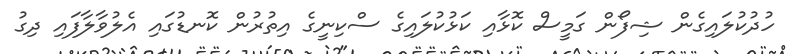
ހުދުކުލައިގެން ޝިފޯން ގަމީސް ކޮޅާއި ކަޅުކުލައިގެ ސްކިނީގެ އިތުރުން ކޮނޑުގައި އެލުވާލާފައި ދިގު